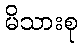
မိသားစု